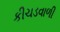
કીચડવાળી